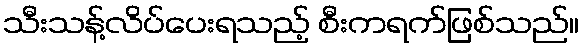
သီးသန့်လိပ်ပေးရသည့် စီးကရက်ဖြစ်သည်။